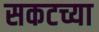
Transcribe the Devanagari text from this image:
सकटच्या